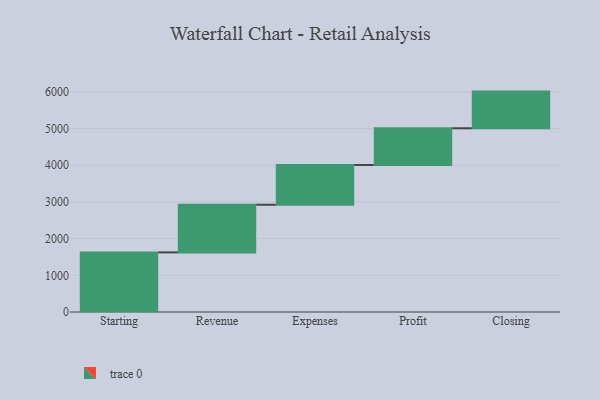
{"axis": {"x": "Step", "y": "Value"}, "legend": [""], "data": [{"x": "Starting", "y": 1625.0, "type": ""}, {"x": "Revenue", "y": 1299.0, "type": ""}, {"x": "Expenses", "y": 1084.0, "type": ""}, {"x": "Profit", "y": 1000, "type": ""}, {"x": "Closing", "y": 1000, "type": ""}]}